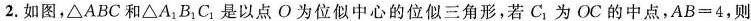
2.如图，△ABC和△A_{1}B_{1}C_{1}是以点O为位似中心的位似三角形，若C_{1}为OC的中点，AB=4，则